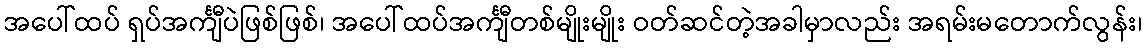
အပေါ်ထပ် ရှပ်အင်္ကျီပဲဖြစ်ဖြစ်၊ အပေါ်ထပ်အင်္ကျီတစ်မျိုးမျိုး ဝတ်ဆင်တဲ့အခါမှာလည်း အရမ်းမတောက်လွန်း၊